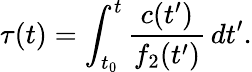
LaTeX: \tau(t)=\int_{t_{0}}^{t}\frac{c(t^{\prime})}{f_{2}(t^{\prime})}\, dt^{\prime}.